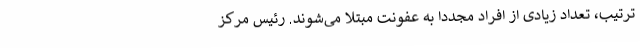
ترتیب، تعداد زیادی از افراد مجددا به عفونت مبتلا می‌شوند. رئیس مرکز